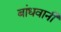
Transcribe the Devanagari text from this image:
बांधवानी